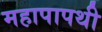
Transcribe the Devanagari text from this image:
महापापथी